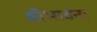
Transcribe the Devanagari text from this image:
श्रीभावना